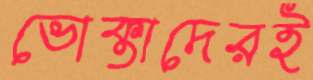
ভোক্তাদেরই